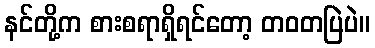
နင်တို့က စားစရာရှိရင်တော့ တဝတပြဲပဲ။